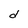
Character: d